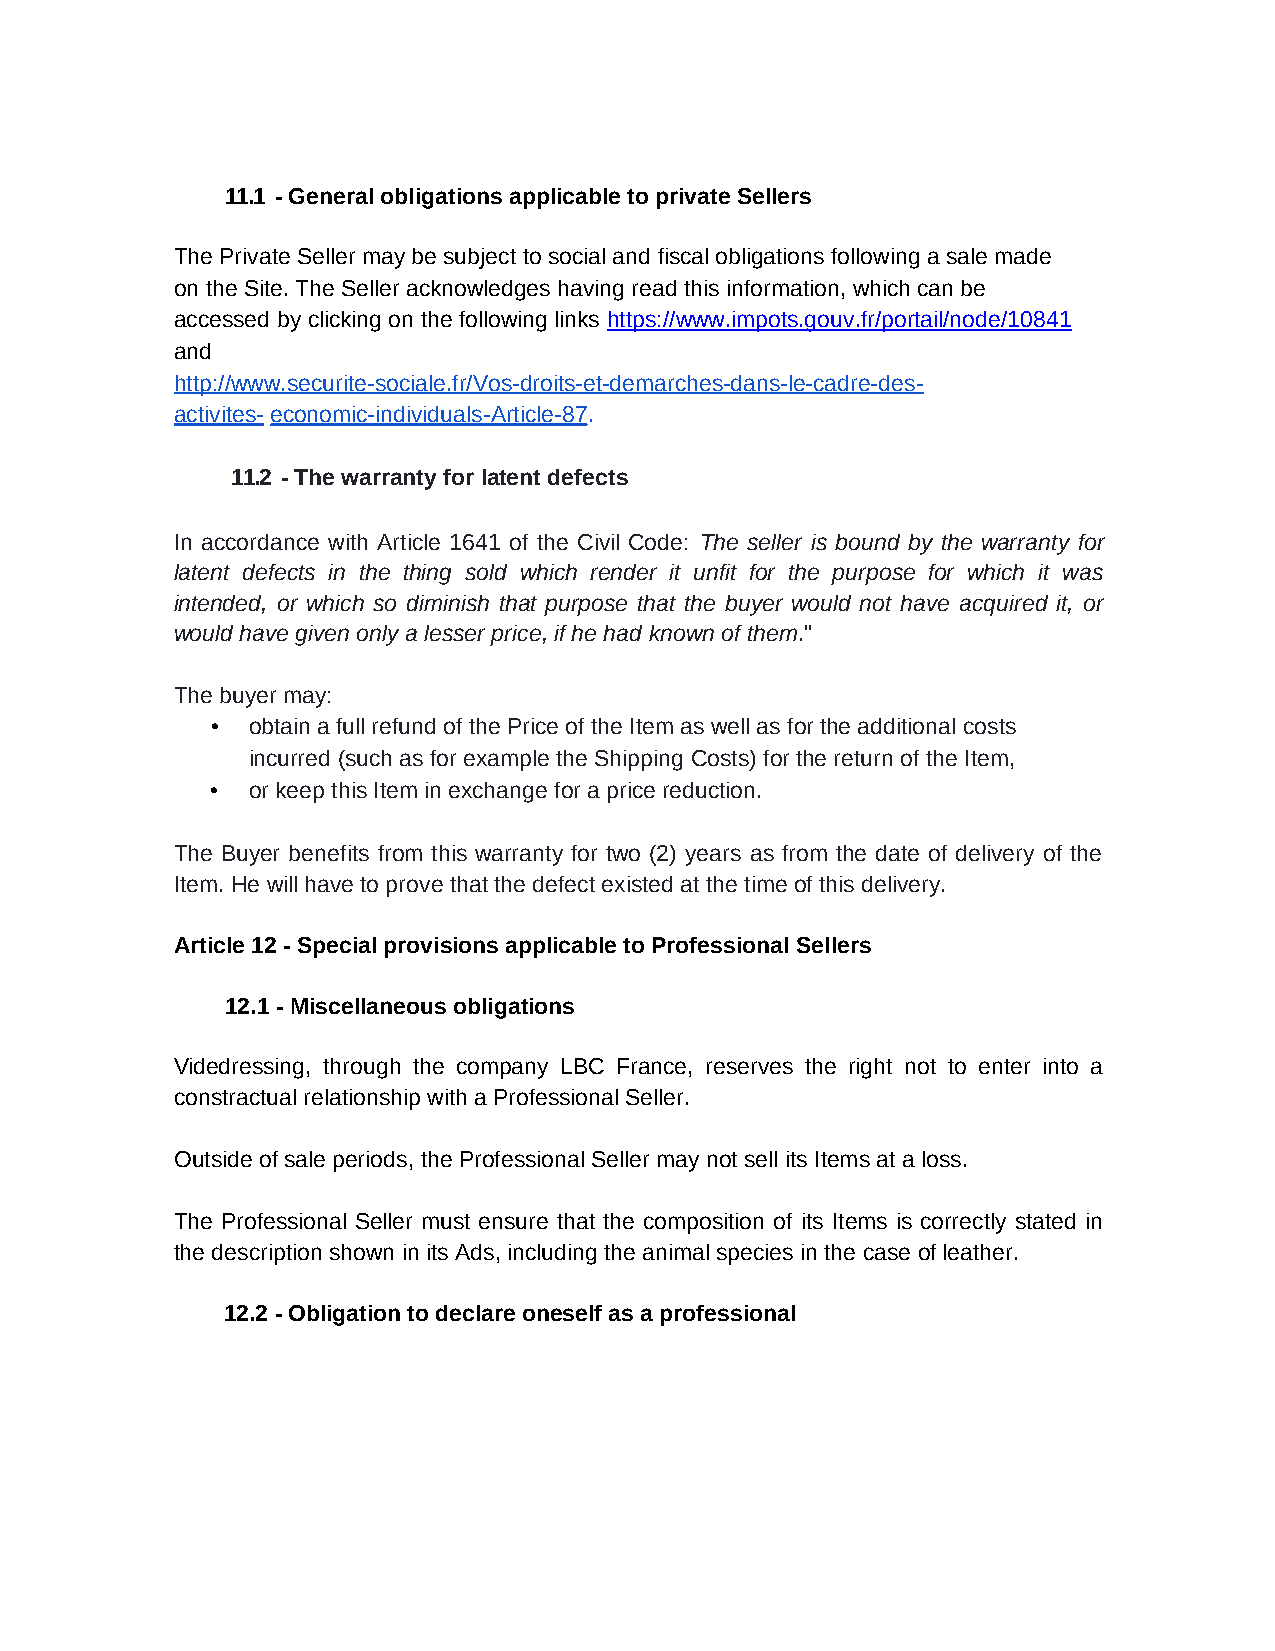
11.1 - General obligations applicable to private Sellers
 The Private Seller may be subject to social and fiscal obligations following a sale made
 on the Site. The Seller acknowledges having read this information, which can be
 accessed by clicking on the following links https://www.impots.gouv.fr/portail/node/10841
 and
 http://www.securite-sociale.fr/Vos-droits-et-demarches-dans-le-cadre-des-
 activites- economic-individuals-Article-87.
 11.2 - The warranty for latent defects
 In accordance with Article 1641 of the Civil Code: The seller is bound by the warranty for
 latent defects in the thing sold which render it unfit for the purpose for which it was
 intended, or which so diminish that purpose that the buyer would not have acquired it, or
 would have given only a lesser price, if he had known of them."
 The buyer may:
 • obtain a full refund of the Price of the Item as well as for the additional costs
 incurred (such as for example the Shipping Costs) for the return of the Item,
 • or keep this Item in exchange for a price reduction.
 The Buyer benefits from this warranty for two (2) years as from the date of delivery of the
 Item. He will have to prove that the defect existed at the time of this delivery.
 Article 12 - Special provisions applicable to Professional Sellers
 12.1 - Miscellaneous obligations
 Videdressing, through the company LBC France, reserves the right not to enter into a
 constractual relationship with a Professional Seller.
 Outside of sale periods, the Professional Seller may not sell its Items at a loss.
 The Professional Seller must ensure that the composition of its Items is correctly stated in
 the description shown in its Ads, including the animal species in the case of leather.
 12.2 - Obligation to declare oneself as a professional